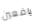
يافعين